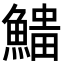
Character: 𩺅